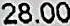
28.00